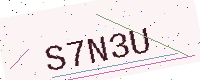
Text: S7N3U